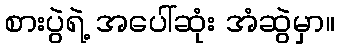
စားပွဲရဲ့ အပေါ်ဆုံး အံဆွဲမှာ။